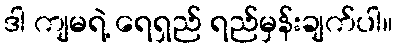
ဒါ ကျမရဲ့ ရေရှည် ရည်မှန်းချက်ပါ။